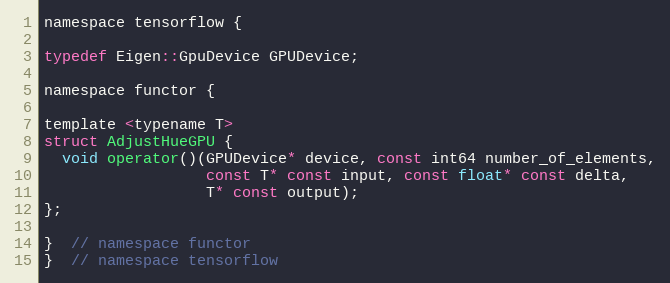
Language: C
namespace tensorflow {

typedef Eigen::GpuDevice GPUDevice;

namespace functor {

template <typename T>
struct AdjustHueGPU {
  void operator()(GPUDevice* device, const int64 number_of_elements,
                  const T* const input, const float* const delta,
                  T* const output);
};

}  // namespace functor
}  // namespace tensorflow